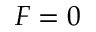
F = 0